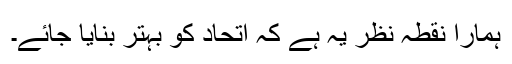
ہمارا نقطہ نظر یہ ہے کہ اتحاد کو بہتر بنایا جائے۔